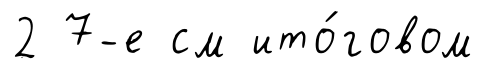
2 7-е см ито́говом